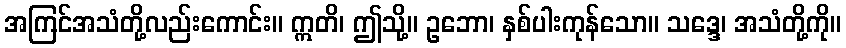
အကြင်အသံတို့လည်းကောင်း။ ဣတိ၊ ဤသို့။ ဥဘော၊ နှစ်ပါးကုန်သော။ သဒ္ဒေ၊ အသံတို့ကို။